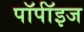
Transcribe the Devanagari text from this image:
पॉर्पॉइज